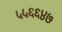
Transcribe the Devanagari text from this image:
५५६६४७